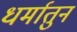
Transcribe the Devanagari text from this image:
धर्मातुन